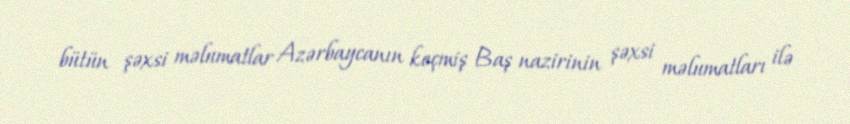
bütün şəxsi məlumatlar Azərbaycanın keçmiş Baş nazirinin şəxsi məlumatları ilə